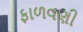
ફાળવણી